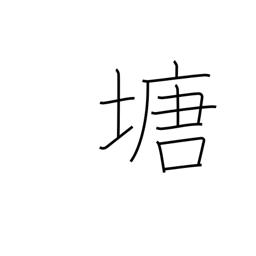
Meaning: dike